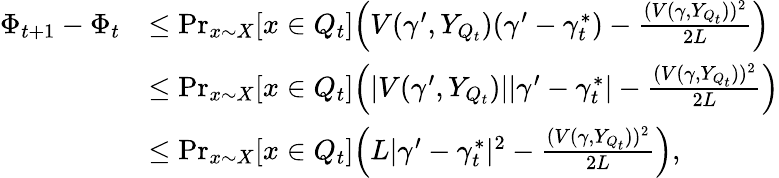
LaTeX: \begin{array}{rl}{\Phi_{t+1}-\Phi_{t}}&{\leq\operatorname*{Pr}_{x\sim X}[x\in Q_{t}]\Big(V(\gamma^{\prime},Y_{Q_{t}})(\gamma^{\prime}-\gamma_{t}^{*})-\frac{(V(\gamma,Y_{Q_{t}}))^{2}}{2L}\Big)}\\ &{\leq\operatorname*{Pr}_{x\sim X}[x\in Q_{t}]\Big(|V(\gamma^{\prime},Y_{Q_{t}})||\gamma^{\prime}-\gamma_{t}^{*}|-\frac{(V(\gamma,Y_{Q_{t}}))^{2}}{2L}\Big)}\\ &{\leq\operatorname*{Pr}_{x\sim X}[x\in Q_{t}]\Big(L|\gamma^{\prime}-\gamma_{t}^{*}|^{2}-\frac{(V(\gamma,Y_{Q_{t}}))^{2}}{2L}\Big),}\end{array}